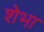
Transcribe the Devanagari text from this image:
शेभा